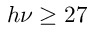
h \nu \geq 2 7